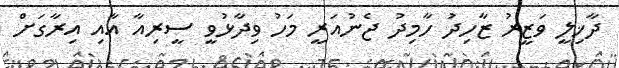
ދާޚިލީ ވަޒީރު ޒާހިދު ހާމިދު ޖެނުއަރީ މަހު ވިދާޅުވީ ސީރިއާ އާއި އިރާގަށް